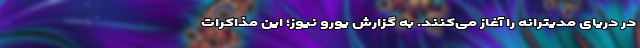
در دریای مدیترانه را آغاز می‌کنند. به گزارش یورو نیوز؛ این مذاکرات